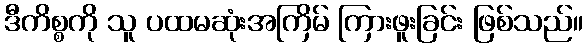
ဒီကိစ္စကို သူ ပထမဆုံးအကြိမ် ကြားဖူးခြင်း ဖြစ်သည်။